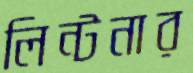
লিন্টনার